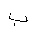
Letter: _ba